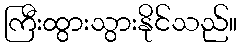
ကြီးထွားသွားနိုင်သည်။